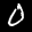
Label: 0